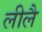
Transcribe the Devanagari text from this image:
लीलै